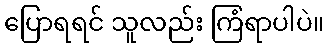
ပြောရရင် သူလည်း ကြံရာပါပဲ။